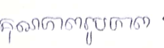
គុណភាពរូបភាព